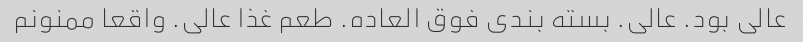
عالی بود. عالی. بسته بندی فوق العاده. طعم غذا عالی. واقعا ممنونم